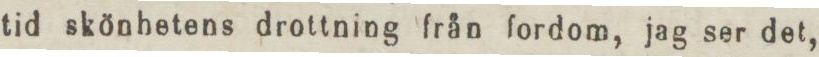
tid skönhetens drottning från fordom, jag ser det,